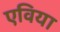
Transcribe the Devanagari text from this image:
एविया